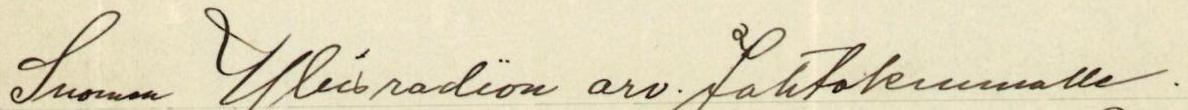
Suomen Yleisradion arv. Johtokunnalle.